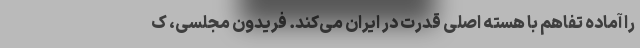
را آماده تفاهم با هسته اصلی قدرت در ایران می‌کند. فریدون مجلسی، ک